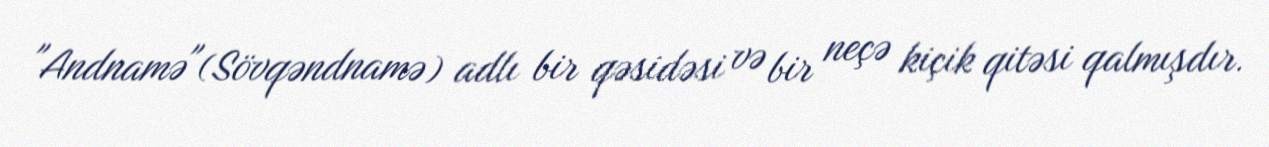
"Andnamə"(Sövqəndnamə) adlı bir qəsidəsi və bir neçə kiçik qitəsi qalmışdır.